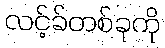
လင့်ခ်တစ်ခုကို